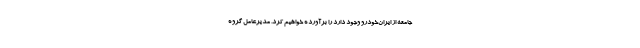
جامعه از ایران‌خودرو وجود دارد را برآورده خواهیم کرد. مدیرعامل گروه